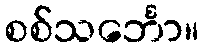
စစ်သင်္ဘော။